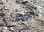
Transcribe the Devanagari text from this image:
द्व्यग्री